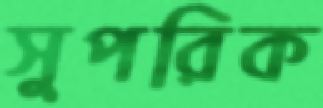
সুপরিক